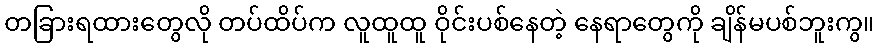
တခြားရထားတွေလို တပ်ထိပ်က လူထူထူ ဝိုင်းပစ်နေတဲ့ နေရာတွေကို ချိန်မပစ်ဘူးကွ။